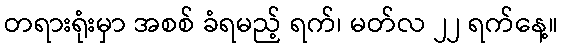
တရားရုံးမှာ အစစ် ခံရမည့် ရက်၊ မတ်လ ၂၂ ရက်နေ့။